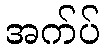
အက်ပ်